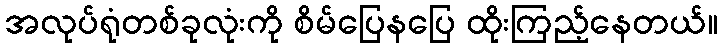
အလုပ်ရုံတစ်ခုလုံးကို စိမ်ပြေနပြေ ထိုးကြည့်နေတယ်။